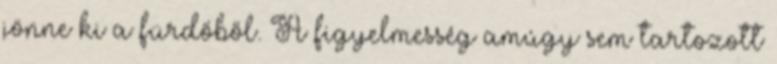
jönne ki a fürdőből. A figyelmesség amúgy sem tartozott